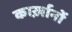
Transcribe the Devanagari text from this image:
कार्ख़ानों